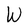
Character: W